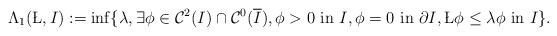
LaTeX: \begin{align*} \Lambda_1 (\L, I) := \inf \{ \lambda , \exists \phi \in\mathcal{C}^2 (I)\cap \mathcal{C}^0 (\overline{I}), \phi >0 \hbox{ in } I, \phi=0 \hbox{ in } \partial I, \L \phi \leq \lambda \phi \hbox{ in } I\}. \end{align*}